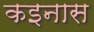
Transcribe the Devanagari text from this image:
कइनास